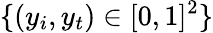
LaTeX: \{ (y_{i},y_{t})\in[0,1]^{2}\}